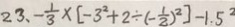
2 3 、 - \frac { 1 } { 3 } \times [ - 3 ^ { 2 } + 2 \div ( - \frac { 1 } { 2 } ) ^ { 2 } ] - 1 . 5 ^ { 2 }